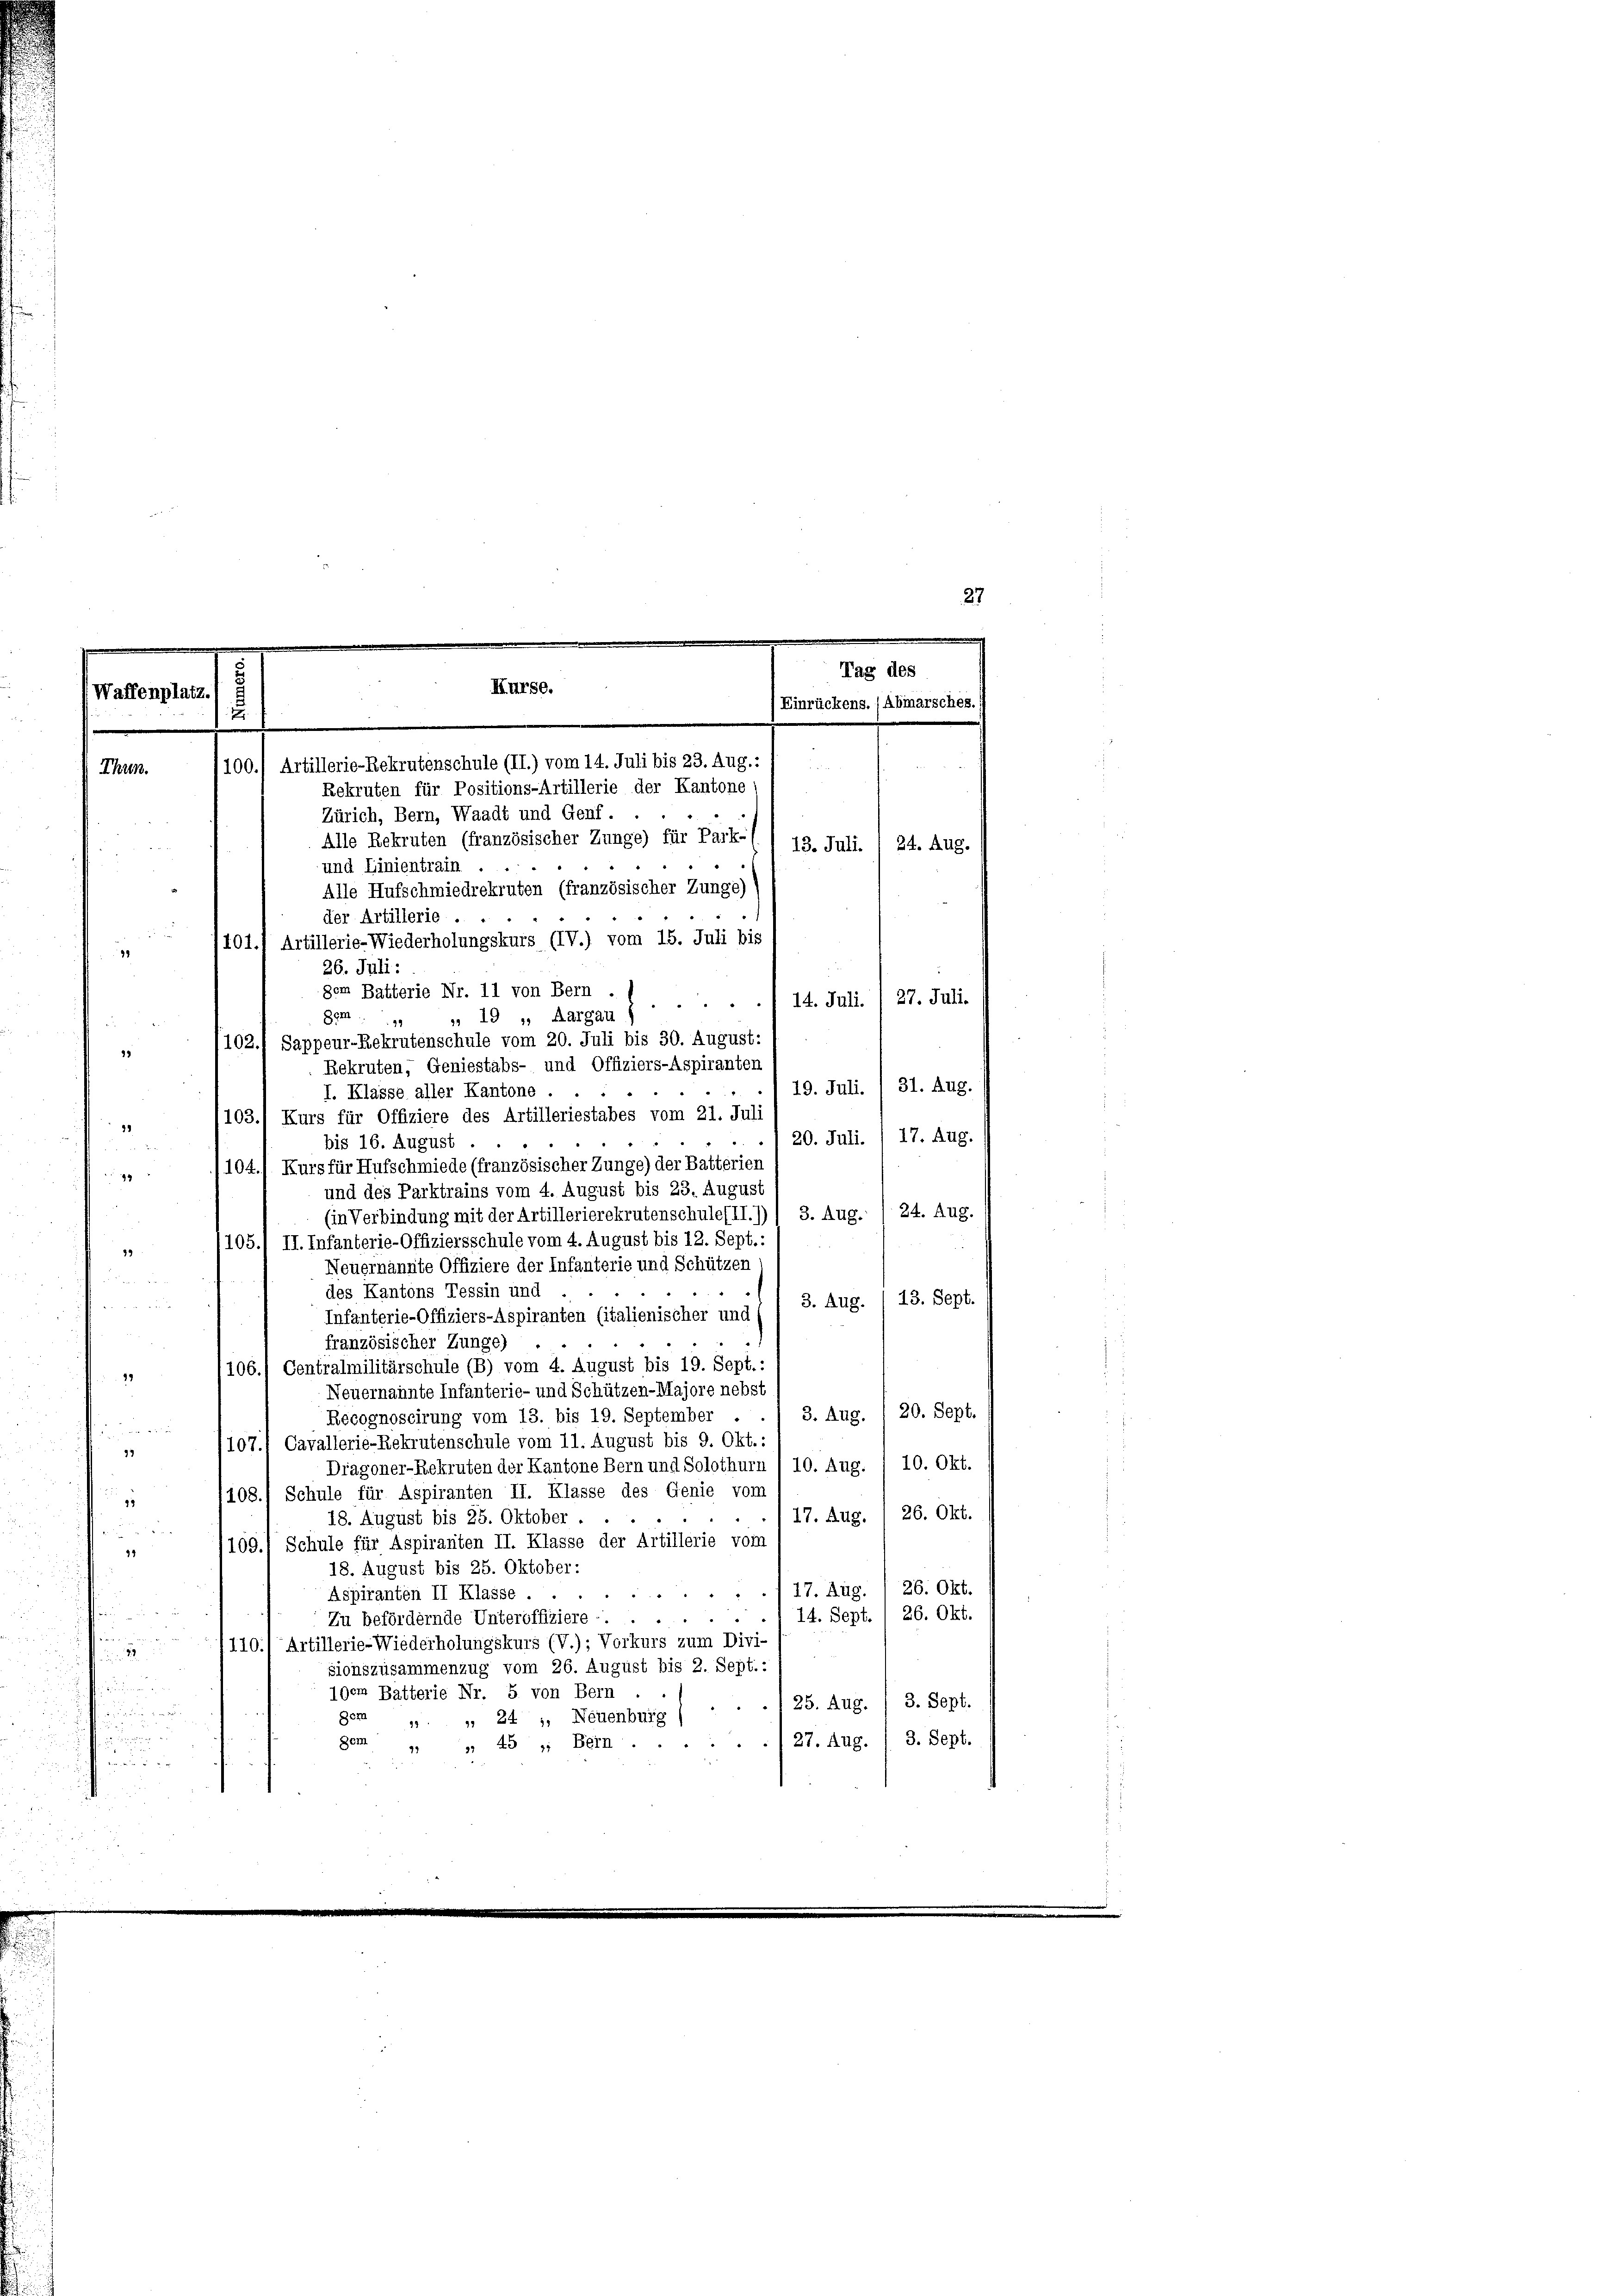
27
Tag des
Hurse.
Waffenplatz.
Einrückens. (Abmarsches.
.
1100.) Artillerie-Rekrutenschule (II.) vom 14. Juli bis 23. Aug. 1
.
Thun.
Rekruten für Positions-Artillerie der Kantone

Zürich, Bern, Waadt und Genf.
Alle Rekruten (französischer Zunge) für Park- ( I 13. Juli. 1 24. Aug.
und Linientrain .
.
Alle Hufschmiedrekruten (französischer Zunge)
der Artillerie.
§ 2
401.) Artillerie-Wiederholungskurs (IV.) vom 15. Juli bis
98
26. Juli:
gem Batterie Nr. 11 von Bern .
14. Juli. / 27. Juli.

Demn
 19, Aargau

99
102.) Sappeur-Rekrutenschule vom 20. Juli bis 30. August:
98
Rekruten, Geniestabs- und Offiziers-Aspiranten
19. Juli. I 31. Aug.
1
I. Klasse aller Kantone .
1103.1 Kurs für Offiziere des Artilleriestabes vom 21. Juli
39
20. Juli. / 17. Aug.
bis 16. August.

104.) Kurs für Hufschmiede (französischer Zunge) der Batterien
94
und des Parktrains vom 4. August bis 23. August
24. Aug.
(in Verbindung mit der Artillerierekrutenschule (II.))) 3. Aug.
¬
105.) II. Infanterie-Offiziersschule vom 4. August bis 12. Sept.:
13
Neuernannte Offiziere der Infanterie und Schützen
r
des Kantons Tessin und
3. Aug. I 13. Sept.
u
Infanterie-Offiziers-Aspiranten (italienischer und
französischer Zunge)
106.) Centralmilitärschule (B) vom 4. August bis 19. Sept.:
13
Neuernannte Infanterie- und Schützen-Majore nebst
3. Aug. / 20. Sept.
Recognoscirung vom 13. bis 19. September .

107.) Cavallerie-Rekrutenschule vom 11. August bis 9. Okt.:
d
Dragoner-Rekruten der Kantone Bern und Solothurn /10. Aug. / 10. Okt.
2
1108.) Schule für Aspiranten II. Klasse des Genie von
18
17. Aug. / 26. Okt.
18. August bis 25. Oktober.

109., Schule für Aspiranten II. Klasse der Artillerie vom
99
18. August bis 25. Oktober:
26. Okt.
17. Aug.
Aspiranten II Klasse
a
26. Okt.
14. Sept.
A
Zu befördernde Unteroffiziere.
h
110. Artillerie-Wiederholungskurs (V.); Vorkurs zum Divi-

u
sionszusammenzug vom 26. August bis 2. Sept.:

19em Batterie Nr. 5 von Bern
.1 25. Aug. / 3. Sept.

gem
 " 241, Neuenburg (

gem „ „ 45, Bern... 27. Aug. 13. Sept.
nn sicht und er